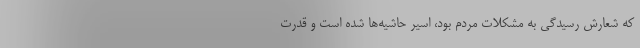
که شعارش رسیدگی به مشکلات مردم بود، اسیر حاشیه‌ها شده است و قدرت